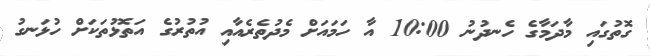
ގޮތުގައި މާދަމާގެ ހެނދުނު 10:00 އާ ހަމައަށް މެދުތެރެއާއި އުތުރުގެ އަތޮޅުތަަކަށް ހުޅަނގު